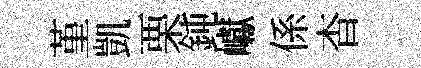
堇凱栗鈍巘係杳